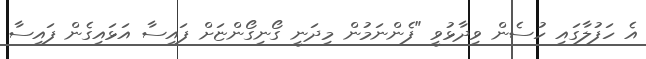
އެ ހަފުލާގައި ހުސެން ވިދާޅުވީ "ފެންނަމުން މިދަނީ ގޯނިގޯންޏަށް ފައިސާ އަޅައިގެން ފައިސާ